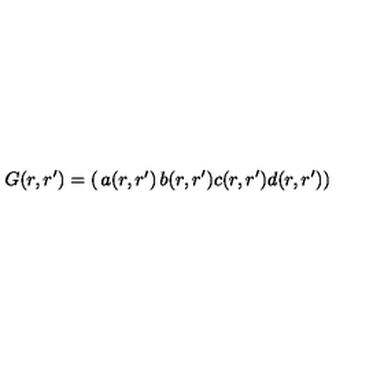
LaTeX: G ( r , r ^ { \prime } ) = \left( \begin{matrix} { a ( r , r ^ { \prime } ) } & { b ( r , r ^ { \prime } ) } \\ { c ( r , r ^ { \prime } ) } & { d ( r , r ^ { \prime } ) } \\ \end{matrix} \right)